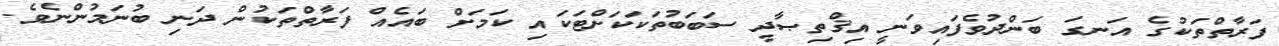
ފަރާތްތަކުގެ އަނގަ ބަންދުވެފައިވަނީ އިޤްތިޞާދީ ސަބަބުތަކަކަށްޓަކައި ކަމަށް ބައެއް ފަރާތްތަކުން ދަނި ބުނަމުންނެވެ.